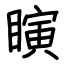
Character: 瞚